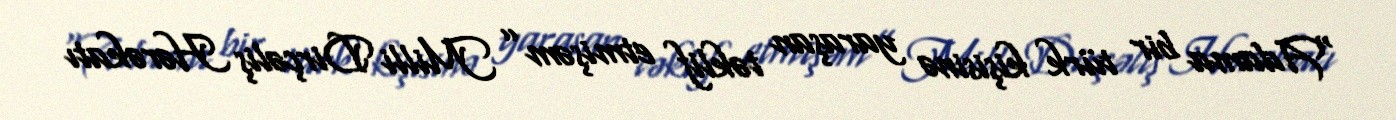
“Adama bir türk kişisinə yaraşan təklif etmişəm” Milli Dirçəliş Hərəkatı